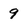
Character: 9